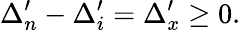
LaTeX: \Delta_{n}^{\prime}-\Delta_{i}^{\prime}=\Delta_{x}^{\prime}\ge 0.